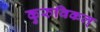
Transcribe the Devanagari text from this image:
कुरुविकल्